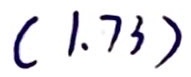
$(1.73)$